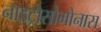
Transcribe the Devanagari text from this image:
नाइट्रोसोमोनास